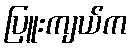
ပြူးကျယ်က